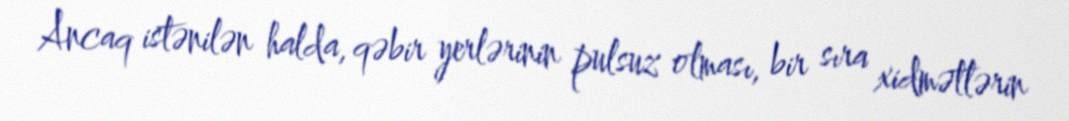
Ancaq istənilən halda, qəbir yerlərinin pulsuz olması, bir sıra xidmətlərin